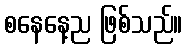
စနေနေ့ည ဖြစ်သည်။